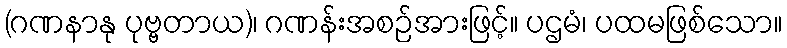
(ဂဏနာနု ပုဗ္ဗတာယ)၊ ဂဏန်းအစဉ်အားဖြင့်။ ပဌမံ၊ ပထမဖြစ်သော။